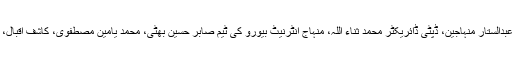
افتتاحی تقریب میں منہاج انٹرنیٹ بیورو کے ڈائریکٹر عبدالستار منہاجین، ڈپٹی ڈائریکٹر محمد ثناء اللہ، منہاج انٹرنیٹ بیورو کی ٹیم صابر حسین بھٹی، محمد یامین مصطفوی، کاشف اقبال، محمد انس اعوان اور ولید بن عامر نے بھی شرکت کی۔